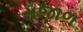
સજાળ